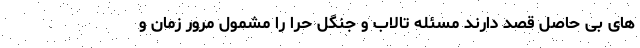
های بی حاصل قصد دارند مسئله تالاب و جنگل حرّا را مشمول مرور زمان و